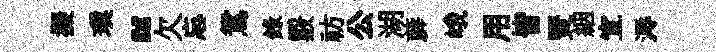
擬璞“欠忘鴛錄覈祊公湖薜峨用皆燹絪宜溽